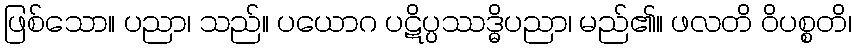
ဖြစ်သော။ ပညာ၊ သည်။ ပယောဂ ပဋိပ္ပဿဒ္ဓိပညာ၊ မည်၏။ ဖလတိ ဝိပစ္စတိ၊